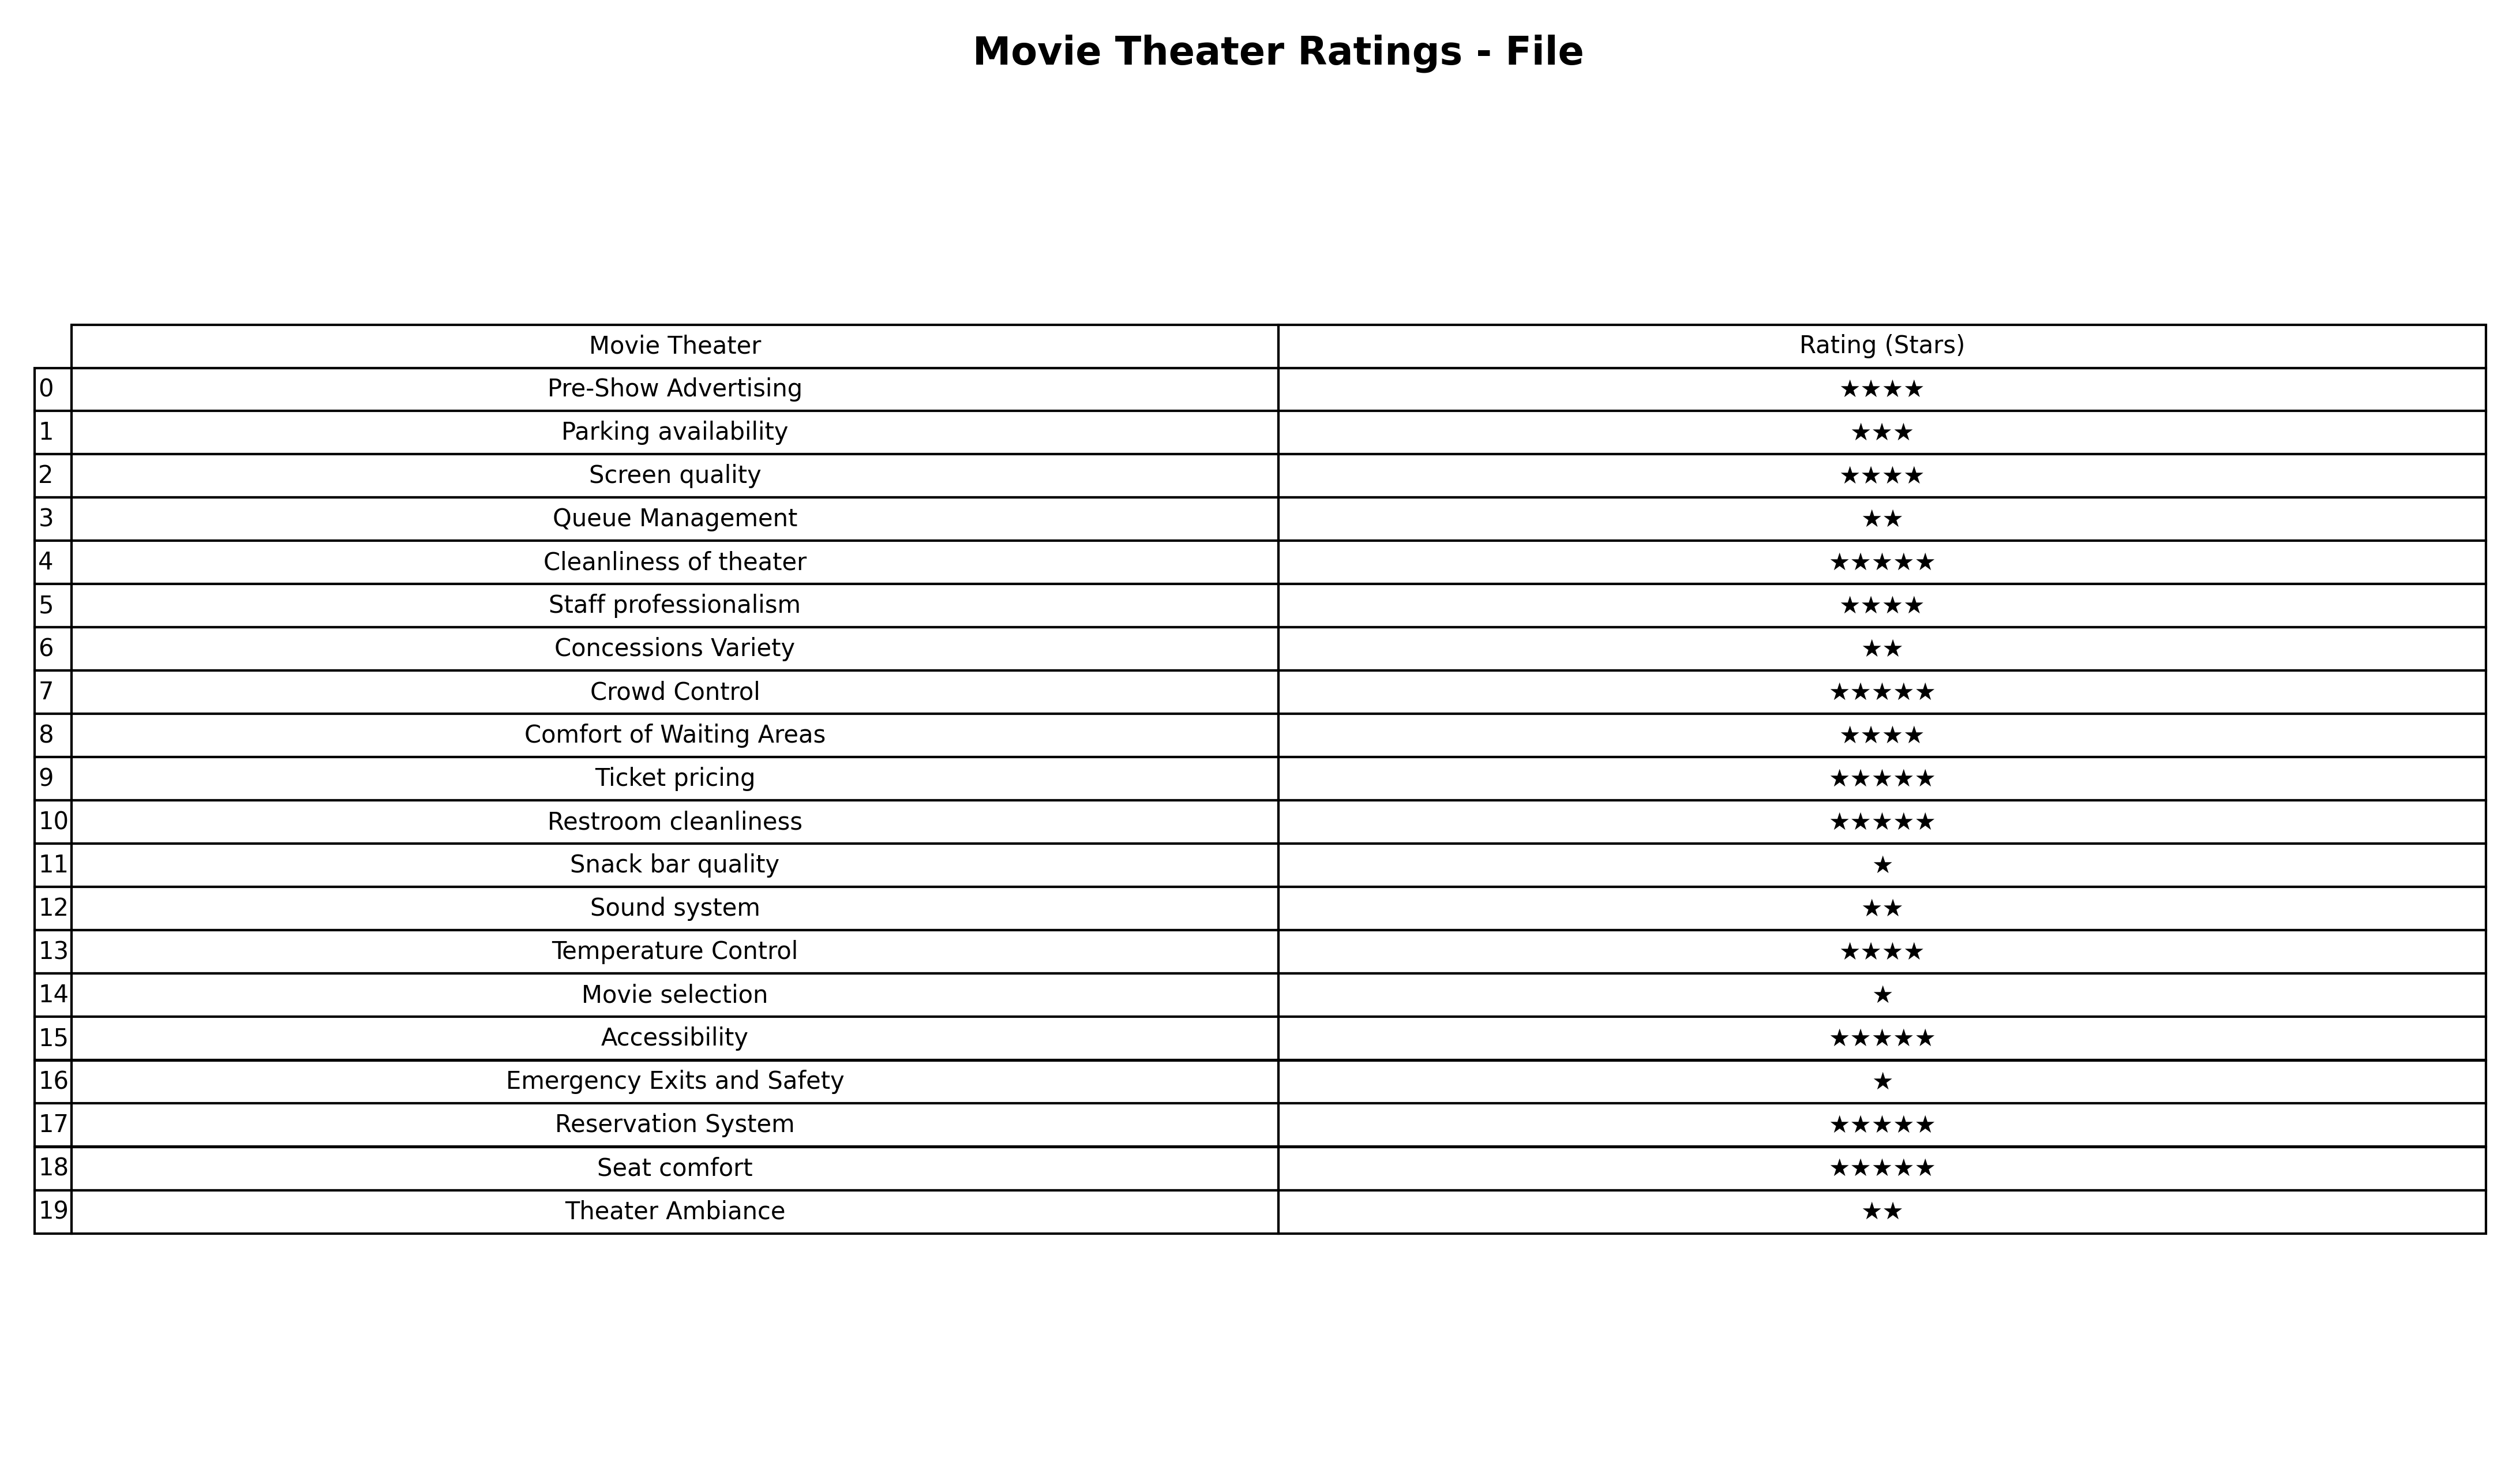
question: What is the rating of Cleanliness of theater?
answer: ★★★★★